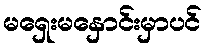
မရှေးမနှောင်းမှာပင်